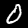
Digit: 0